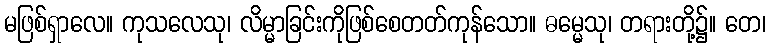
မဖြစ်ရှာလေ။ ကုသလေသု၊ လိမ္မာခြင်းကိုဖြစ်စေတတ်ကုန်သော။ ဓမ္မေသု၊ တရားတို့၌။ တေ၊